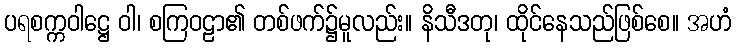
ပရစက္ကဝါဋ္ဌေ ဝါ၊ စကြဝဠာ၏ တစ်ဖက်၌မူလည်း။ နိသီဒတု၊ ထိုင်နေသည်ဖြစ်စေ။ အဟံ